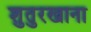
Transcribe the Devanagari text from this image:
शुतुरखाना